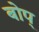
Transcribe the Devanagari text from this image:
बोप्